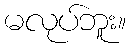
မလုပ်ဘူး။